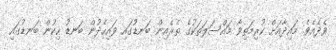
ވެދެއެވެ. މައިދާއަށް ކުރިމަތިވާ މައްސަލަތަކުގެ ތެރެއިން ބަނޑުގައި ވައިހެދުން ބަނޑު ހިކުން ބަނޑުގައި